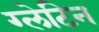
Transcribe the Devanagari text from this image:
ग्लेटिन